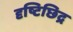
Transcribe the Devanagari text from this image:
दृष्टिछिद्र